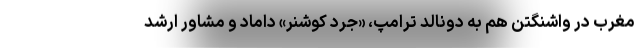
مغرب در واشنگتن هم به دونالد ترامپ، «جرد کوشنر» داماد و مشاور ارشد